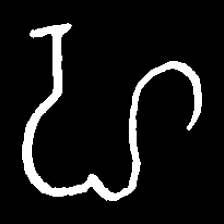
Pyu character \u2014 Myanmar letter: ဟ (romanized: ha)